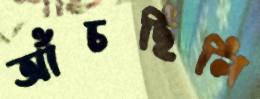
আঁচছিলি